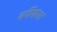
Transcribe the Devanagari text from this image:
वर्गीयांना